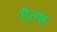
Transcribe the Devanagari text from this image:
रौल्स